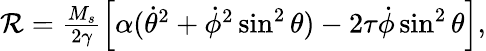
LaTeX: \begin{array}{r}{\mathcal{R}=\frac{M_{s}}{2\gamma}\left[\alpha(\dot{\theta}^{2}+\dot{\phi}^{2}\sin^{2}\theta)-2\tau\dot{\phi}\sin^{2}\theta\right],}\end{array}